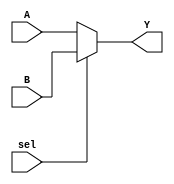
`timescale 1ns / 1ps
module Bus_Mux_CathOut(
    input [4:0] A, B,
    input sel,
    output [4:0] Y
    );
    
    assign Y = sel? B : A;
endmodule